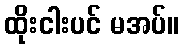
ထိုးငါးပင် မအပ်။